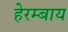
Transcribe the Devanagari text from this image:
हेरम्बाय